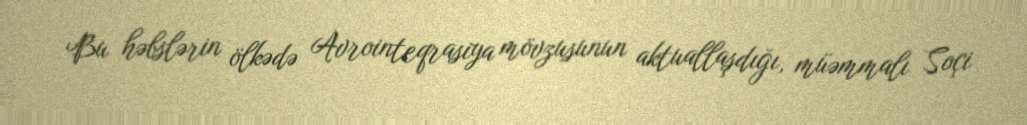
Bu həbslərin ölkədə Avrointeqrasiya mövzusunun aktuallaşdığı, müəmmalı Soçi